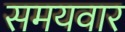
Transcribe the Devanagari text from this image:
समयवार